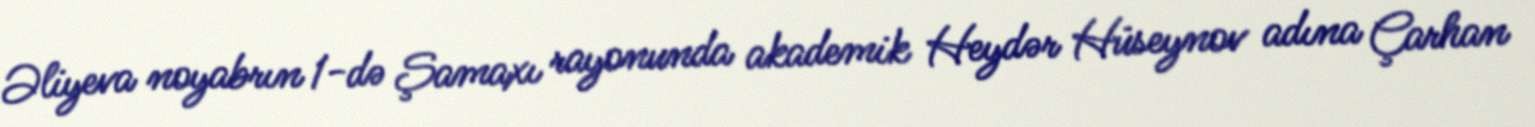
Əliyeva noyabrın 1-də Şamaxı rayonunda akademik Heydər Hüseynov adına Çarhan